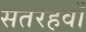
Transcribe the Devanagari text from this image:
सतरहवाँ